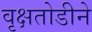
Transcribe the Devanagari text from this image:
वृक्षतोडीने